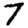
Digit: 7